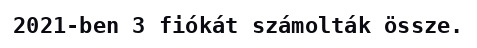
2021-ben 3 fiókát számolták össze.